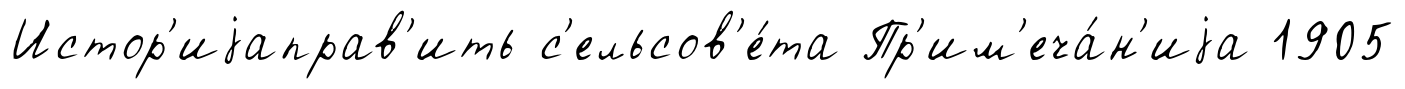
Истор'иjаправ'ить с'ельсов'е́та Пр'им'еча́н'иjа 1905